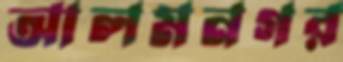
আলমনগর